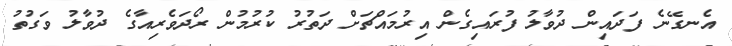
އެނގޭނެ ފަދައިން ދުވާލު ފުރައިގެން އިރުމައްޗަށް ދަތުރު ކުރުމުން ރޯދަވެރިއާގެ ދުވާލު ވަގުތު